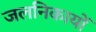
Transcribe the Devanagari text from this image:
जलनिकायों